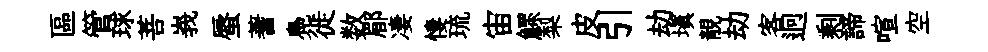
區管球菩峩蜃蓍鳧徙数郿凄悽琉宙鰥梨皮引劫塡靚劫客迥剩諦喧空